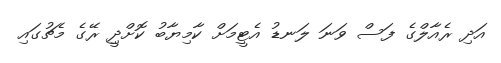
އަދި ރެއާލްގެ ފަސް ވަނަ ލަނޑު އެޓީމަށް ކާމިޔާބު ކޮށްދިީ ރޭގެ މެޗުގައި